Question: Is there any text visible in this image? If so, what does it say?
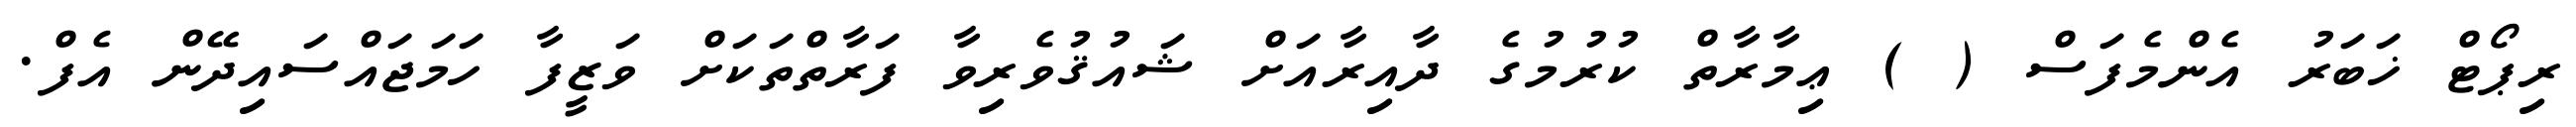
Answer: ރިޕޯޓް ޚަބަރު އެންމެފަސް ( ) ޢިމާރާތް ކުރުމުގެ ދާއިރާއަށް ޝައުޤުވެރިވާ ފަރާތްތަކަށް ވަޒީފާ ހަމަޖައްސައިދޭން އެފް.